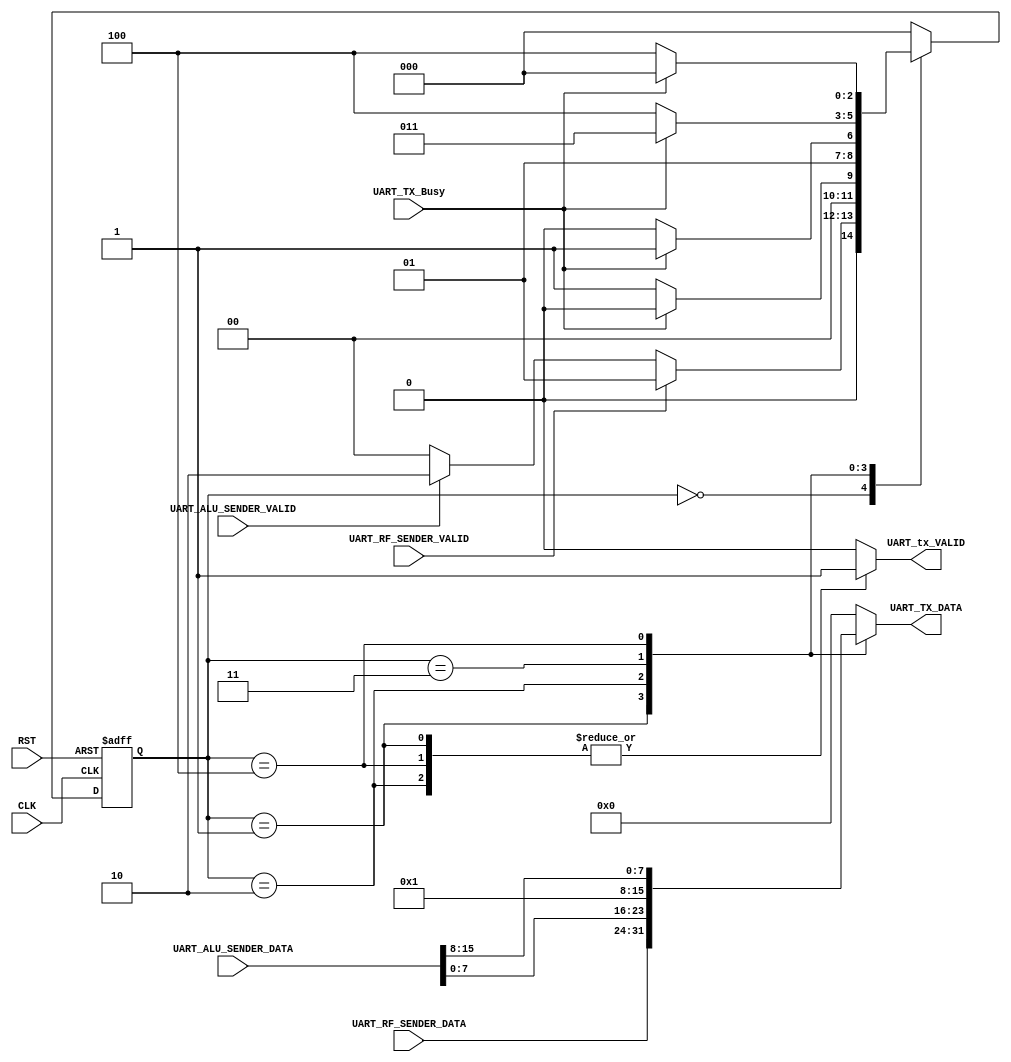
/*


Mapping:
.UART_TX_Busy ()           ,
.UART_RF_SENDER_DATA()     ,
.UART_RF_SENDER_VALID()   ,
.UART_ALU_SENDER_DATA()    ,
.UART_ALU_SENDER_VALID()   ,
.CLK()                     ,
.RST()                     ,
.UART_tx_VALID()           ,
.UART_TX_DATA() 

*/




module CTRL_TX  # ( parameter WIDTH = 8 ,
                              ADDR  = 4 )
 (
   input    wire                        UART_TX_Busy            ,
   input    wire   [WIDTH-1    :0]      UART_RF_SENDER_DATA     ,
   input    wire                        UART_RF_SENDER_VALID    ,
   input    wire   [(WIDTH*2)-1:0]      UART_ALU_SENDER_DATA    ,
   input    wire                        UART_ALU_SENDER_VALID   ,
   input    wire                        CLK                     ,
   input    wire                        RST                     ,
   output   reg                         UART_tx_VALID           ,
   output   reg    [WIDTH-1    :0]      UART_TX_DATA 
 );
 
 
 localparam [2:0] IDLE            = 3'b000,
                  UART_RF_S       = 3'b001,
                  UART_ALU1_S     = 3'b010,
                  UART_WAIT_BUSY  = 3'b011,
                  UART_ALU2_S     = 3'b100;
//internal states current and next state
  reg  [2:0]  CS;
  reg  [2:0]  NS;
//CS always block
  always  @ (posedge CLK or negedge RST)
    begin
      if(!RST)
        begin
          CS<=IDLE;
        end  
      else
        begin
          CS<=NS;
        end
    end

//NS logic
  always  @ (*)
    begin
      NS=IDLE;
      case(CS)
        IDLE    : begin
                   if(UART_RF_SENDER_VALID )
                      begin
                        NS  =  UART_RF_S  ;
                      end
                    else if (UART_ALU_SENDER_VALID)
                      begin
                        NS  = UART_ALU1_S ;
                      end
                    end
       //fram from register file
        UART_RF_S : begin
                      if(UART_TX_Busy)
                        begin
                          NS  = IDLE      ;
                        end
                      else
                        begin
                          NS  =  UART_RF_S  ;
                        end
                    end
      //first 8 bits from alu
        UART_ALU1_S : begin
                        if(UART_TX_Busy)
                          begin
                            NS  =  UART_WAIT_BUSY ;
                          end
                        else
                          begin
                            NS  =  UART_ALU1_S     ;
                          end
                      end
       //busy state betwen alu1 and alu2 to wait the next 8 bits 
        UART_WAIT_BUSY : begin
                          if(UART_TX_Busy)
                            begin
                              NS  =  UART_WAIT_BUSY ;   
                            end
                          else
                            begin
                              NS  = UART_ALU2_S     ; 
                            end    
                          end
      //second frame of alu 
       UART_ALU2_S      : begin
                            if(UART_TX_Busy)
                              begin
                                NS  = IDLE          ;  
                              end
                            else
                              begin
                                NS  = UART_ALU2_S   ;  
                              end
                            end
      //default                      
      default            : begin
                             NS  = IDLE  ;
                           end    
        endcase
    end
//output logic  
  always  @ (*)
  begin
    UART_tx_VALID = 1'b0 ;
    UART_TX_DATA  = 'b0 ;
    case(CS)
      IDLE           : begin
                        UART_tx_VALID = 1'b0 ;
                        UART_TX_DATA  = 'b0 ;
                       end
             
      UART_RF_S      : begin
                        UART_tx_VALID = 1'b1 ;
                        UART_TX_DATA  = UART_RF_SENDER_DATA ;
                       end
      
      UART_ALU1_S    : begin
                        UART_tx_VALID = 1'b1 ;
                        UART_TX_DATA  = UART_ALU_SENDER_DATA[WIDTH-1:0]  ;
                       end
      
      UART_WAIT_BUSY : begin
                        UART_tx_VALID = 1'b0 ;
                        UART_TX_DATA  = 'b1 ;
                       end
      
      UART_ALU2_S    : begin
                        UART_tx_VALID = 1'b1 ;
                        UART_TX_DATA  = UART_ALU_SENDER_DATA[(2*WIDTH)-1:WIDTH]  ;
                        end
      default        : begin
                        UART_tx_VALID = 1'b0 ;
                        UART_TX_DATA  = 'b0  ;
                       end
    endcase
  end  
  
endmodule